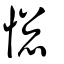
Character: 憁